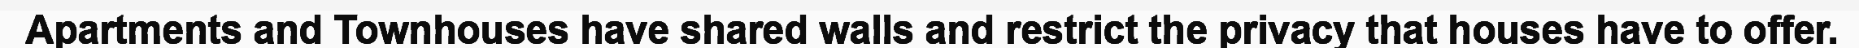
Apartments and Townhouses have shared walls and restrict the privacy that houses have to offer.